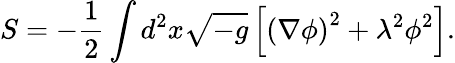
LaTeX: S=-{\frac{1}{2}}\int d^{2}x\sqrt{-g}\left[\left(\nabla\phi\right)^{2}+\lambda^{2}\phi^{2}\right].